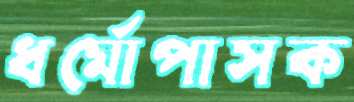
ধর্মোপাসক